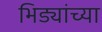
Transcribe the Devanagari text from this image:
भिड्यांच्या